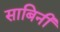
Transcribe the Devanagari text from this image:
साबिनी